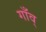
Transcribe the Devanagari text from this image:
गाँव्